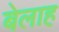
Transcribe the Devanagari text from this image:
बेलाह